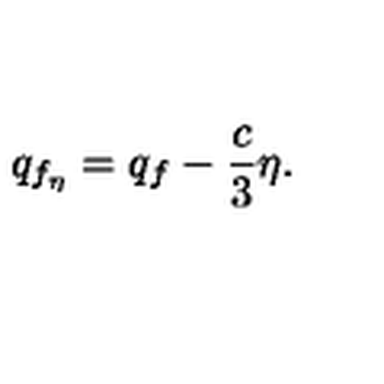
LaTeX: q _ { f _ { \eta } } = q _ { f } - { \frac { c } { 3 } } \eta .